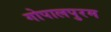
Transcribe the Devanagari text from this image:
गोपालपुरम